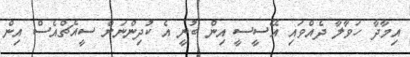
އިމާދާ ހަވާލާ ދެއްވައި އޭސީސީ އިން ބުނީ އެ ކުދިންނަށް ސީއެޗްއެސް އިން